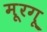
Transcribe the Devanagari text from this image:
मूरगू